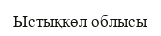
Ыстықкөл облысы